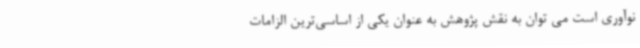
نوآوری است می توان به نقش پژوهش به عنوان یکی از اساسی‌ترین الزامات